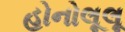
હોનોલૂલૂ